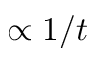
\propto 1 / t